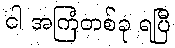
ငါ အကြံတစ်ခု ရပြီ